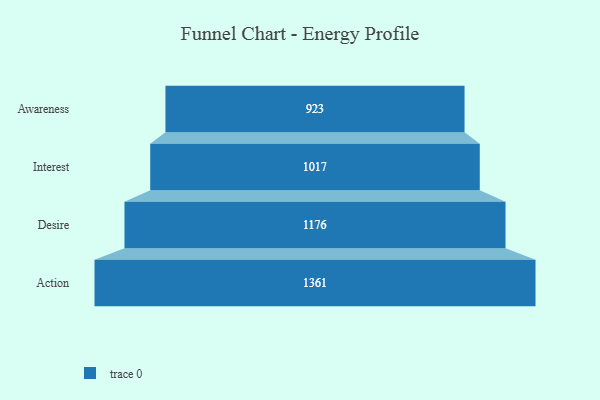
{"axis": {"x": "Stage", "y": "Value"}, "legend": [""], "data": [{"x": "Awareness", "y": 923.0, "type": ""}, {"x": "Interest", "y": 1017.0, "type": ""}, {"x": "Desire", "y": 1176.0, "type": ""}, {"x": "Action", "y": 1361.0, "type": ""}]}